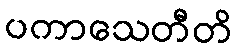
ပကာသေတီတိ